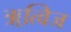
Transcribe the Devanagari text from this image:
ॠत्विज